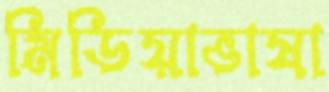
মিডিয়াভাষা